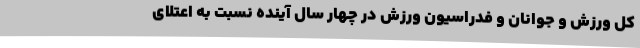
کل ورزش و جوانان و فدراسیون ورزش در چهار سال آینده نسبت به اعتلای